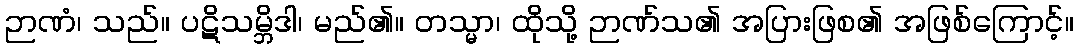
ဉာဏံ၊ သည်။ ပဋိသမ္ဘိဒါ၊ မည်၏။ တသ္မာ၊ ထိုသို့ ဉာဏ်သ၏ အပြားဖြစ၏ အဖြစ်ကြောင့်။